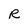
Character: R